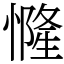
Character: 㦕